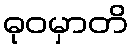
ဓုဝမှာတိ